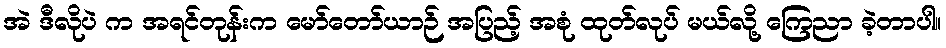
အဲ ဒီလိုပဲ က အရင်တုန်းက မော်တော်ယာဉ် အပြည့် အစုံ ထုတ်လုပ် မယ်လို့ ကြေညာ ခဲ့တာပါ။